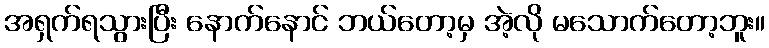
အရှက်ရသွားပြီး နောက်နောင် ဘယ်တော့မှ အဲ့လို မသောက်တော့ဘူး။